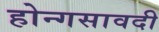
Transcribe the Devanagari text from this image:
होन्गसावदी